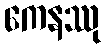
ကေနဿု